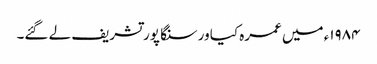
۱۹۸۴ء میں عمرہ کیا ور سنگا پور تشریف لے گئے۔